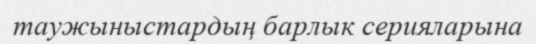
таужыныстардың барлык серияларына